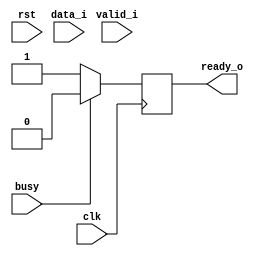
module rx(clk,rst,data_i,valid_i,busy,ready_o);
input wire clk;
input wire rst;
input wire [1:0]data_i;
input wire valid_i;
input wire  busy;
output reg  ready_o;

reg [1:0] rx;

always @(posedge clk)
begin 
    if(busy) begin
    ready_o<=1'b0;
end
else begin 
    ready_o<=1'b1;
end
    if(ready_o)begin 
        rx<=data_i;
    end
end


endmodule